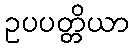
ဥပပတ္တိယာ